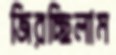
জিরচ্ছিলাম